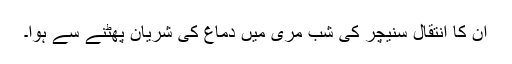
ان کا انتقال سنیچر کی شب مری میں دماغ کی شریان پھٹنے سے ہوا۔